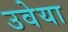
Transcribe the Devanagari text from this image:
उवेया